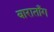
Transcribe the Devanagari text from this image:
बाराताँग